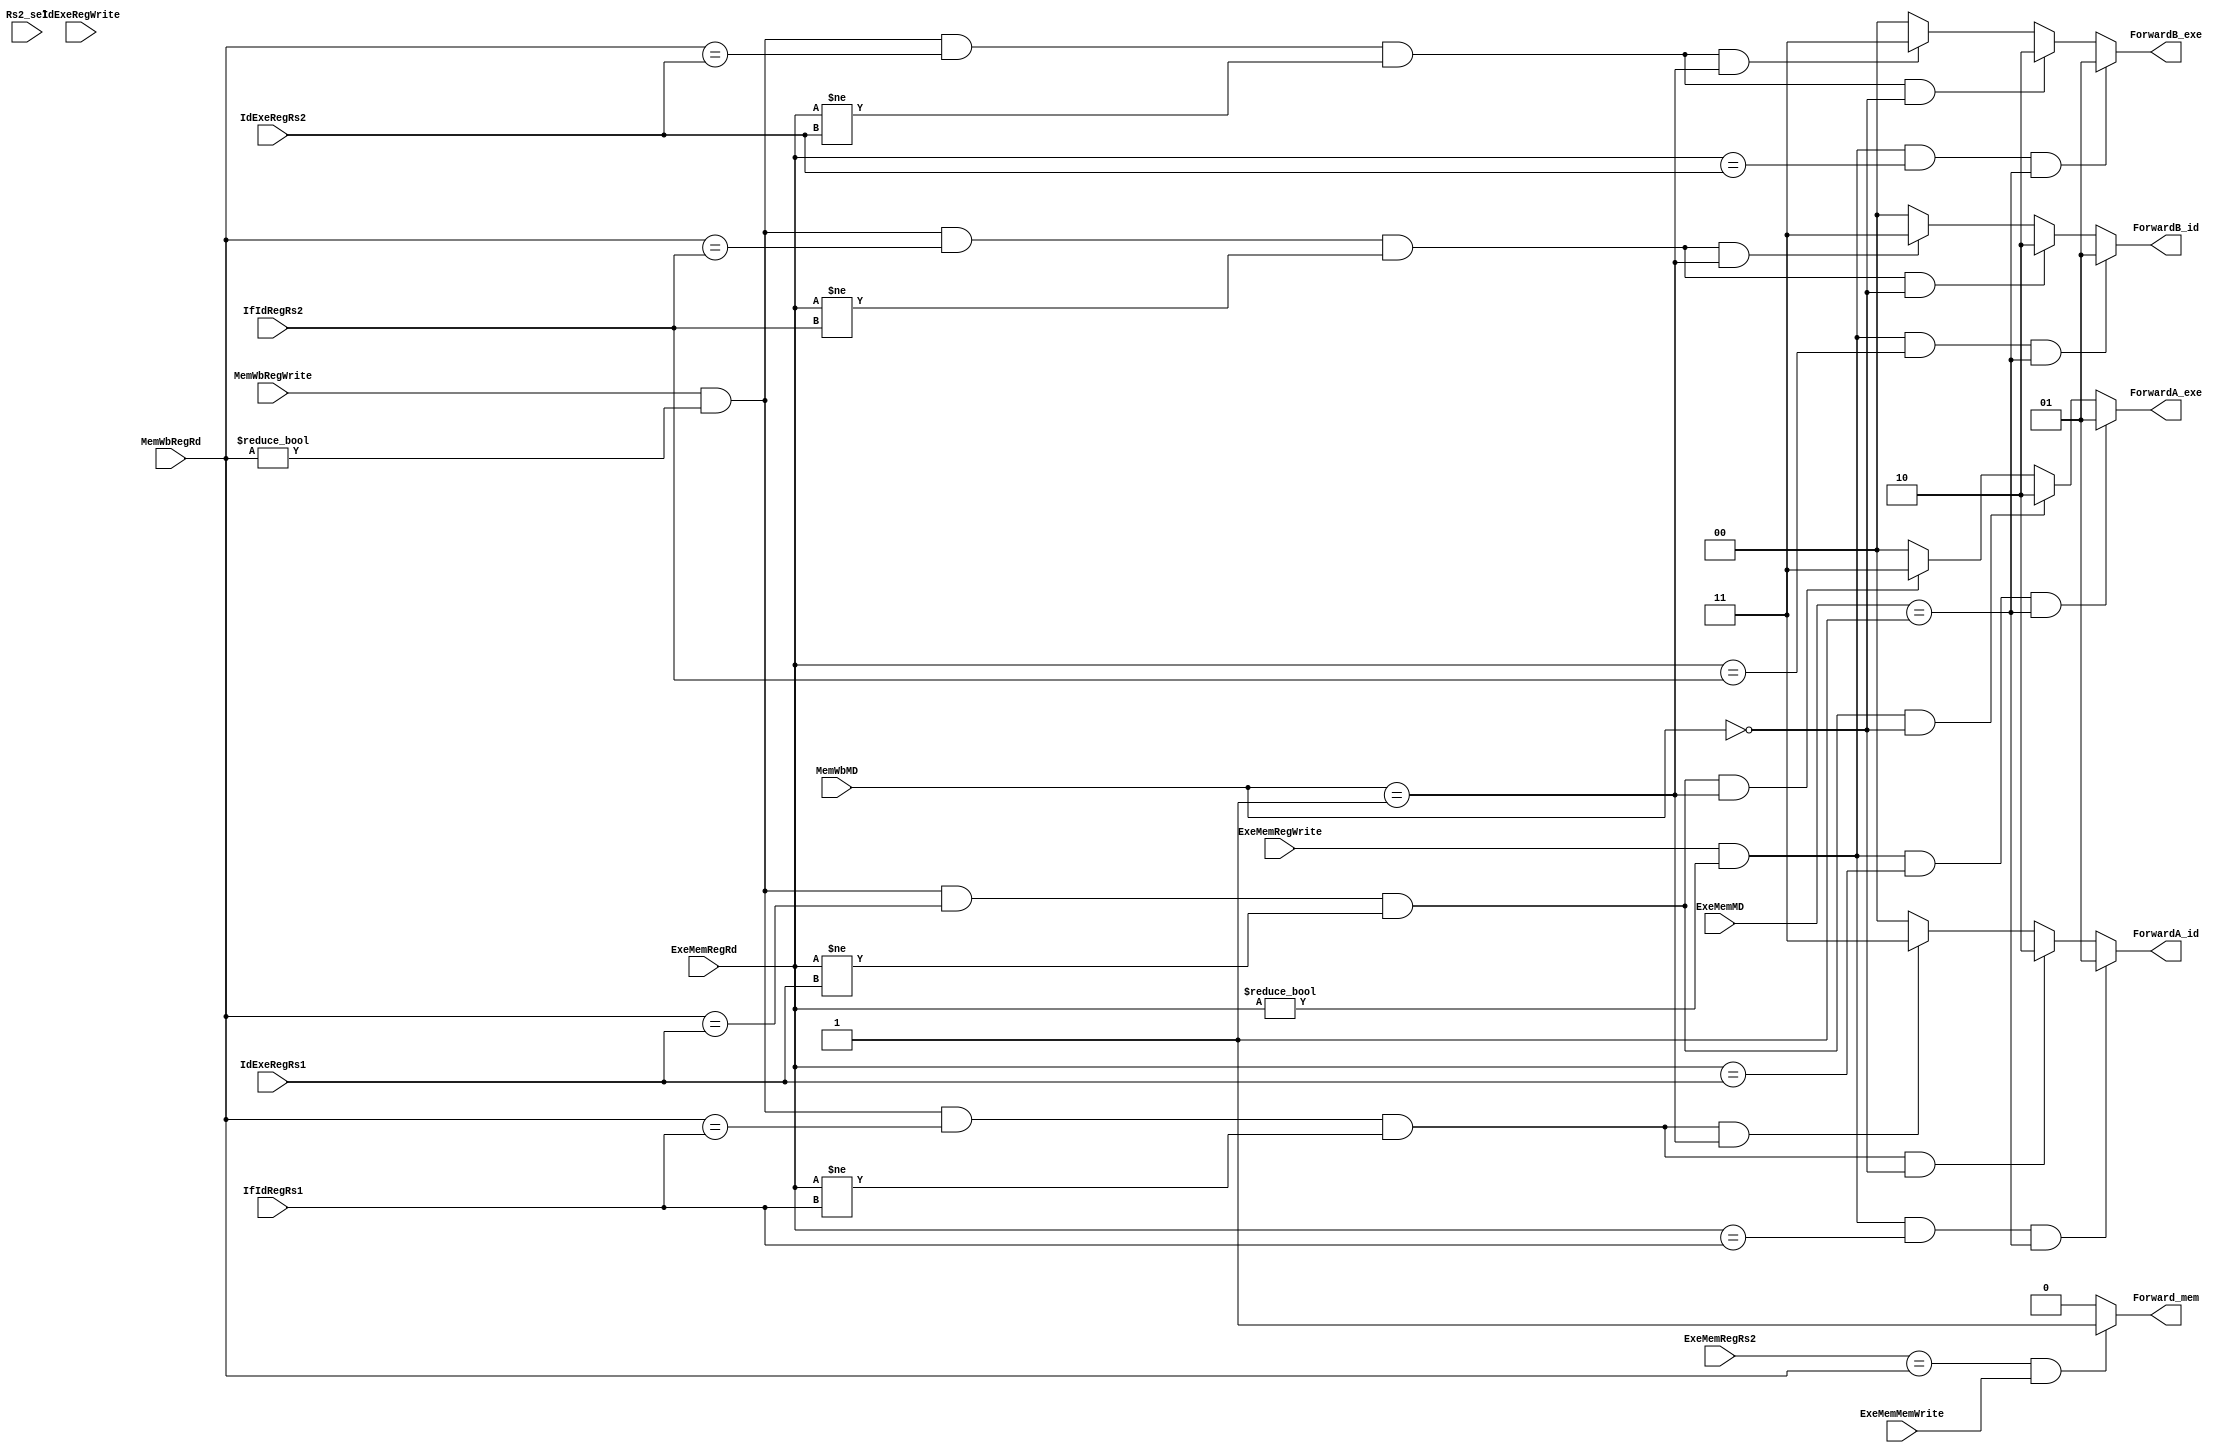
`timescale 1ns / 1ps

module ForwardUnit(
    input [4:0] IfIdRegRs1,
    input [4:0] IfIdRegRs2,
    input [4:0] IdExeRegRs1,
    input [4:0] IdExeRegRs2,
    input [4:0] ExeMemRegRs2,
    input [4:0] ExeMemRegRd,
    input [4:0] MemWbRegRd,
    input IdExeRegWrite,
    input ExeMemRegWrite,
    input MemWbRegWrite,
    input [1:0] ExeMemMD,
    input [1:0] MemWbMD,
    output reg [1:0] ForwardA_id,
    output reg [1:0] ForwardB_id,
    output reg [1:0] ForwardA_exe,
    output reg [1:0] ForwardB_exe,
    input Rs2_sel,
    input ExeMemMemWrite,
    output reg Forward_mem   );
    		

	always@ (*)
	begin 
	
	  	if ( (ExeMemRegRs2 == MemWbRegRd) && (ExeMemMemWrite) ) Forward_mem = 1'b1;
		else Forward_mem = 1'b0; 

	end

	always@ (*)
	begin 
	
	  	if (ExeMemRegWrite && (ExeMemRegRd != 0 ) && (ExeMemRegRd == IdExeRegRs1) && (ExeMemMD == 2'b01) )  //FUresult_d str ekle
			ForwardA_exe = 2'b01;
		else if (MemWbRegWrite && (MemWbRegRd != 0 ) && (MemWbRegRd == IdExeRegRs1) && (ExeMemRegRd != IdExeRegRs1) && ( MemWbMD == 2'b00) ) //Mem_Data_d
			ForwardA_exe = 2'b10 ;
		else if (MemWbRegWrite && (MemWbRegRd != 0 ) && (MemWbRegRd == IdExeRegRs1) && (ExeMemRegRd != IdExeRegRs1) && ( MemWbMD == 2'b01) ) //FUresult_dd
			ForwardA_exe = 2'b11;		
		else 	ForwardA_exe = 2'b00;

		if (ExeMemRegWrite && (ExeMemRegRd != 0 ) && (ExeMemRegRd == IdExeRegRs2) && (ExeMemMD == 2'b01)  )  //FUresult_d
			ForwardB_exe = 2'b01;
		else if (MemWbRegWrite && (MemWbRegRd != 0 ) && (MemWbRegRd == IdExeRegRs2) && (ExeMemRegRd != IdExeRegRs2) && ( MemWbMD == 2'b00)   ) //Mem_Data_d
			ForwardB_exe = 2'b10 ;
		else if (MemWbRegWrite && (MemWbRegRd != 0 ) && (MemWbRegRd == IdExeRegRs2) && (ExeMemRegRd != IdExeRegRs2) && ( MemWbMD == 2'b01)  ) //FUresult_dd
			ForwardB_exe = 2'b11;		
		else 	ForwardB_exe = 2'b00;

	end

	always@ (*)
	begin
	
	  	if (ExeMemRegWrite && (ExeMemRegRd != 0 ) && (ExeMemRegRd == IfIdRegRs1) && (ExeMemMD == 2'b01) )  //FUresult_d str ekle
			ForwardA_id = 2'b01;
		else if (MemWbRegWrite && (MemWbRegRd != 0 ) && (MemWbRegRd == IfIdRegRs1) && (ExeMemRegRd != IfIdRegRs1) && ( MemWbMD == 2'b00) ) //Mem_Data_d
			ForwardA_id = 2'b10 ;
		else if (MemWbRegWrite && (MemWbRegRd != 0 ) && (MemWbRegRd == IfIdRegRs1) && (ExeMemRegRd != IfIdRegRs1) && ( MemWbMD == 2'b01) ) //FUresult_dd
			ForwardA_id = 2'b11;		
		else 	ForwardA_id = 2'b00;

		if (ExeMemRegWrite && (ExeMemRegRd != 0 ) && (ExeMemRegRd == IfIdRegRs2) && (ExeMemMD == 2'b01)  )  //FUresult_d str ekle
			ForwardB_id = 2'b01;
		else if (MemWbRegWrite && (MemWbRegRd != 0 ) && (MemWbRegRd == IfIdRegRs2) && (ExeMemRegRd != IfIdRegRs2) && ( MemWbMD == 2'b00)  ) //Mem_Data_d
			ForwardB_id = 2'b10 ;
		else if (MemWbRegWrite && (MemWbRegRd != 0 ) && (MemWbRegRd == IfIdRegRs2) && (ExeMemRegRd != IfIdRegRs2) && ( MemWbMD == 2'b01)  ) //FUresult_dd
			ForwardB_id = 2'b11;		
		else 	ForwardB_id = 2'b00;

	end

	
	
endmodule